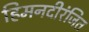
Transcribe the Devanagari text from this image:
हिमनदीरंजित